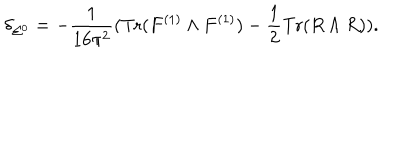
LaTeX: \delta _ { \Sigma ^ { 0 } } = - \frac { 1 } { 1 6 \pi ^ { 2 } } ( \mathrm { T r } ( F ^ { ( 1 ) } \wedge F ^ { ( 1 ) } ) - \frac { 1 } { 2 } \mathrm { T r } ( R \wedge R ) ) .